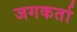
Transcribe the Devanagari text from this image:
जगकर्ता